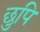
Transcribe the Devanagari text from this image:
छुपि